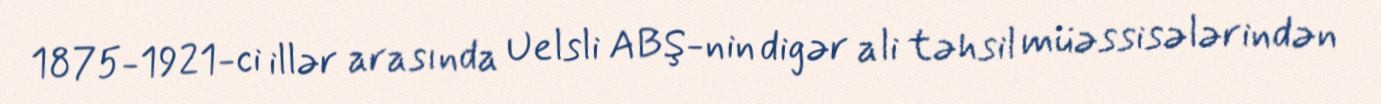
1875-1921-ci illər arasında Uelsli ABŞ-nin digər ali təhsil müəssisələrindən